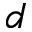
d